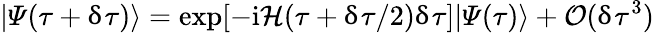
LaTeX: |\varPsi(\tau+\updelta\tau)\rangle=\exp[-\mathrm{i}\mathcal{H}(\tau+\updelta\tau/2)\updelta\tau]|\varPsi(\tau)\rangle+\mathcal{O}(\updelta\tau^{3})